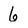
Character: 6